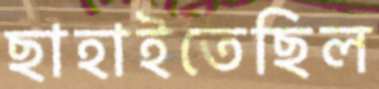
ছাহাইতেছিল